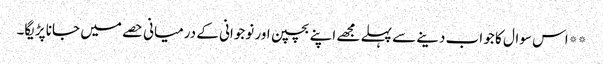
**اس سوال کا جو اب دینے سے پہلے مجھے اپنے بچپن اور نوجوانی کے درمیانی حصے میں جانا پڑیگا۔